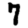
Digit: 7